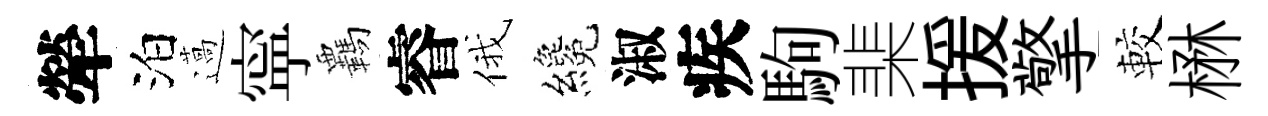
犖泊薖寜覊睿俄纔淑疾駒棐援擎較楙